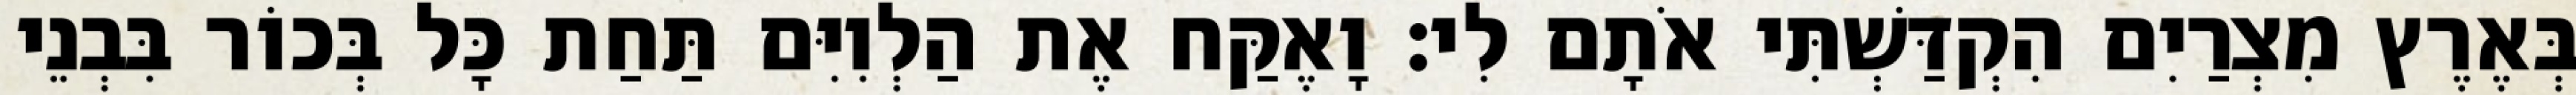
בְּאֶרֶץ מִצְרַיִם הִקְדַּשְׁתִּי אֹתָם לִי׃ וָאֶקַּח אֶת הַלְוִיִּם תַּחַת כָּל בְּכוֹר בִּבְנֵי